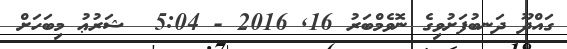
ގައްދޫ ދަނބުފަށުވިގެ ނޮވެމްބަރު 16